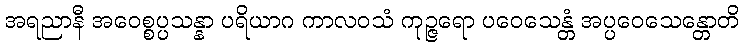
အရညာနီ အဝေစ္စပ္ပသန္နာ ပရိယာဂ ကာလဝသံ ကုဉ္ဇရော ပဝေသေန္တံ အပ္ပဝေသေန္တောတိ